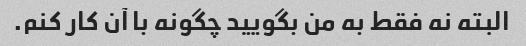
البته نه فقط به من بگویید چگونه با آن کار کنم.